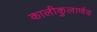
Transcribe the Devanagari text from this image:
कालीकुलार्णव